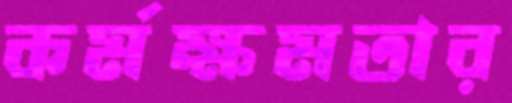
কর্মক্ষমতার